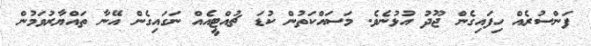
ފަންސުރެއް ހިފައިގެން ޖޫދު އުޅުނެވެ. މަސައްކަތުން ކުޑަ ޗުއްޓީއެއް ނަގައިގެން އޭނާ ތައްޔާރުވަމުން